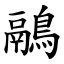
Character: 鷊